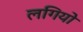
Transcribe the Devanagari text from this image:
लगियो